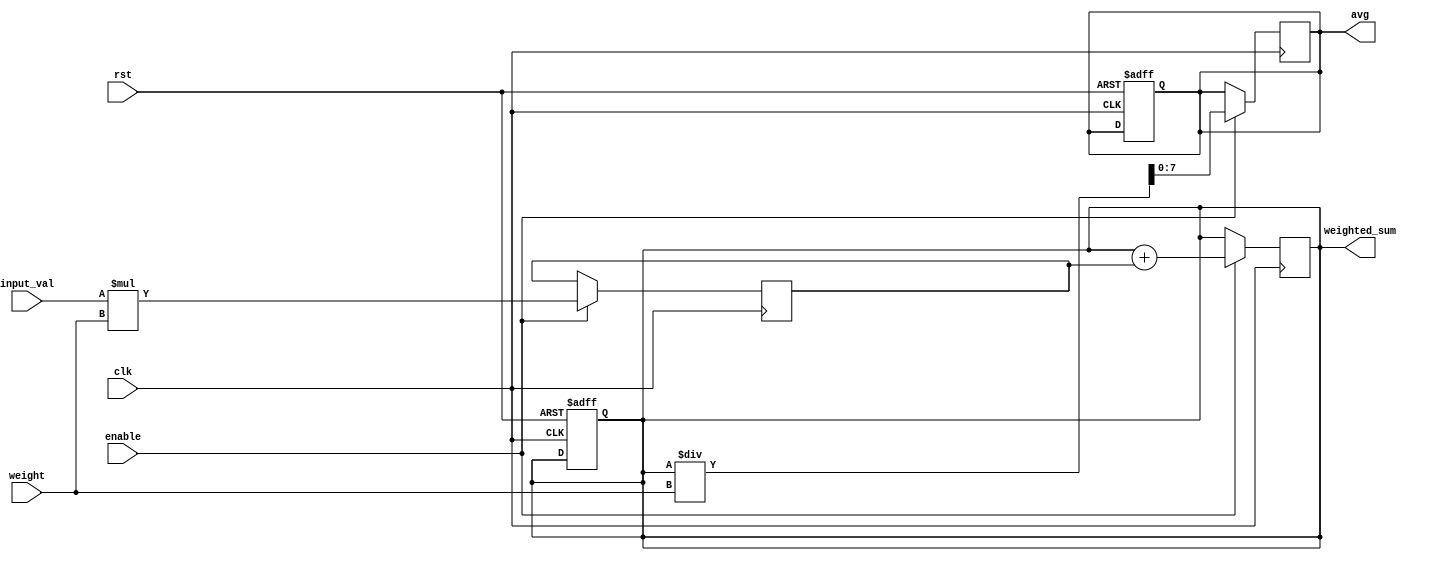
module weighted_moving_avg(
    input wire clk,
    input wire rst,
    input wire enable,
    input wire [7:0] input_val,
    input wire [7:0] weight,
    output reg [15:0] weighted_sum,
    output reg [7:0] avg
);

reg [7:0] multiplied_val;

// Multiplier block to multiply input values with corresponding weights
always @ (posedge clk) begin
    if(enable) begin
        multiplied_val <= input_val * weight;
    end
end

// Adder block to accumulate the weighted average
always @ (posedge clk) begin
    if(enable) begin
        weighted_sum <= weighted_sum + multiplied_val;
    end
end

// Divider block to calculate the final average
always @ (posedge clk) begin
    if(enable) begin
        avg <= weighted_sum / weight;
    end
end

// Reset signal to clear the accumulated sum
always @ (posedge clk or posedge rst) begin
    if(rst) begin
        weighted_sum <= 0;
        avg <= 0;
    end
end

endmodule